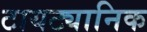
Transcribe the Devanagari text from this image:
टायट्यानिक